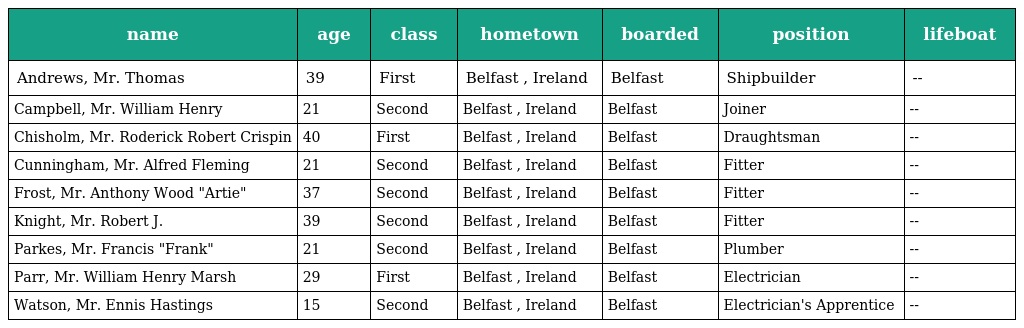
| name | age | class | hometown | boarded | position | lifeboat |
 | --- | --- | --- | --- | --- | --- | --- |
 | Andrews, Mr. Thomas | 39 | First | Belfast , Ireland | Belfast | Shipbuilder | -- |
 | Campbell, Mr. William Henry | 21 | Second | Belfast , Ireland | Belfast | Joiner | -- |
 | Chisholm, Mr. Roderick Robert Crispin | 40 | First | Belfast , Ireland | Belfast | Draughtsman | -- |
 | Cunningham, Mr. Alfred Fleming | 21 | Second | Belfast , Ireland | Belfast | Fitter | -- |
 | Frost, Mr. Anthony Wood "Artie" | 37 | Second | Belfast , Ireland | Belfast | Fitter | -- |
 | Knight, Mr. Robert J. | 39 | Second | Belfast , Ireland | Belfast | Fitter | -- |
 | Parkes, Mr. Francis "Frank" | 21 | Second | Belfast , Ireland | Belfast | Plumber | -- |
 | Parr, Mr. William Henry Marsh | 29 | First | Belfast , Ireland | Belfast | Electrician | -- |
 | Watson, Mr. Ennis Hastings | 15 | Second | Belfast , Ireland | Belfast | Electrician's Apprentice | -- |